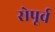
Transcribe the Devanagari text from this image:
सेपूर्व